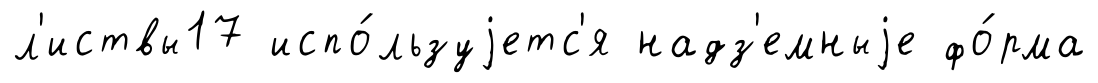
л'иствы17 испо́льзуjетс'я надз'емныjе фо́рма